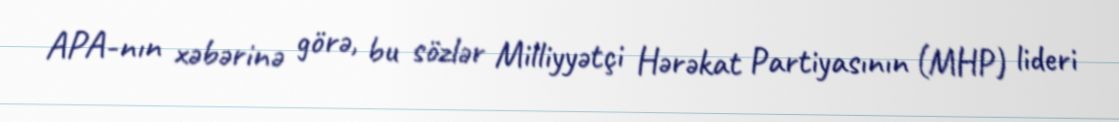
APA-nın xəbərinə görə, bu sözlər Milliyyətçi Hərəkat Partiyasının (MHP) lideri